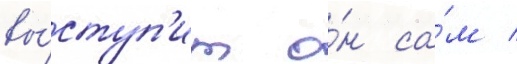
вы́ступ'ит о́н са́м /